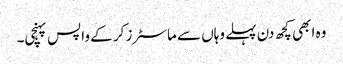
وہ ابھی کچھ دن پہلے وہاں سے ماسٹرز کر کے واپس پہنچی۔